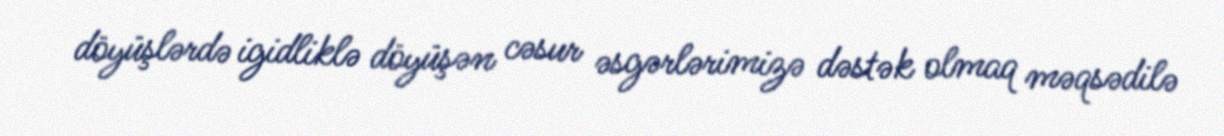
döyüşlərdə igidliklə döyüşən cəsur əsgərlərimizə dəstək olmaq məqsədilə